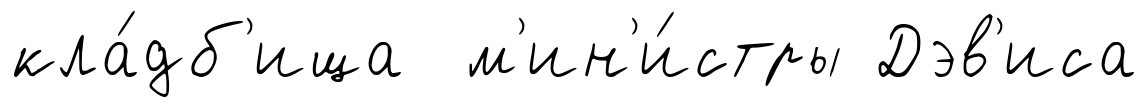
кла́дб'ища м'ин'и́стры Дэв'иса